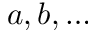
a , b , \ldots